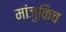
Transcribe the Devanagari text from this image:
मांजुकिच